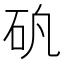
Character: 𥐲